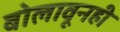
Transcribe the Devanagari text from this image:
बोलावूनही